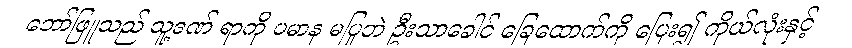
ဘော်ဖြူသည် သူ့ဒဏ် ရာကို ပမာန မပြုဘဲ ဦးသာခေါင် ခြေထောက်ကို ပြေး၍ ကိုယ်လုံးနှင့်